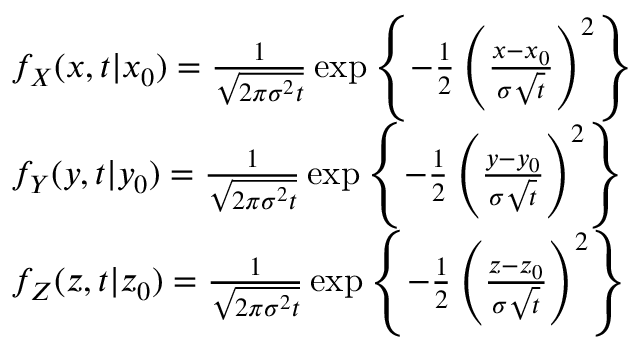
\begin{array} { r l } & { f _ { X } ( x , t \vert x _ { 0 } ) = \frac { 1 } { \sqrt { 2 \pi \sigma ^ { 2 } t } } \exp \left\lbrace - \frac { 1 } { 2 } \left( \frac { x - x _ { 0 } } { \sigma \sqrt { t } } \right) ^ { 2 } \right\rbrace } \\ & { f _ { Y } ( y , t \vert y _ { 0 } ) = \frac { 1 } { \sqrt { 2 \pi \sigma ^ { 2 } t } } \exp \left\lbrace - \frac { 1 } { 2 } \left( \frac { y - y _ { 0 } } { \sigma \sqrt { t } } \right) ^ { 2 } \right\rbrace } \\ & { f _ { Z } ( z , t \vert z _ { 0 } ) = \frac { 1 } { \sqrt { 2 \pi \sigma ^ { 2 } t } } \exp \left\lbrace - \frac { 1 } { 2 } \left( \frac { z - z _ { 0 } } { \sigma \sqrt { t } } \right) ^ { 2 } \right\rbrace } \end{array}